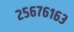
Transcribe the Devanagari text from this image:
२५६७६१६३